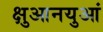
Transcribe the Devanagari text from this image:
क्षुआनयुआं